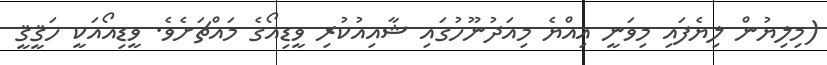
(މިލިޔުން ލިޔެފައި މިވަނީ އިއްޔެ މިއަދުނޫހުގައި ޝާއިއުކުރި ވީޑިއޯގެ މައްޗަށެވެ. ވީޑިއޯއަކީ ހަޤީޤީ